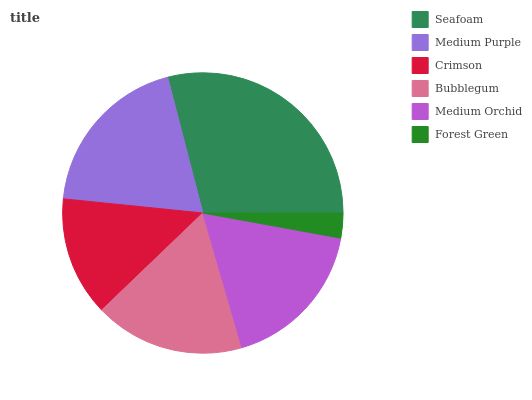
| Seafoam | Medium Purple | Crimson | Bubblegum | Medium Orchid | Forest Green |
 | --- | --- | --- | --- | --- | --- |
 | 29% | 19.4% | 13.8% | 17.3% | 17.7% | 2.86% |